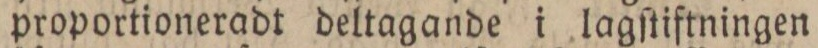
proportioneradt deltagande i lagſtiftningen